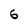
Character: 6